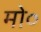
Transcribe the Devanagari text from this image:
मो०